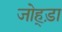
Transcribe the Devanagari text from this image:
जोह्ड़ा